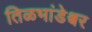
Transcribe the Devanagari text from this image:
तिळभांडेश्वर